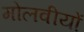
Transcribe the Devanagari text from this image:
मोलवीयों